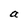
Character: a